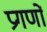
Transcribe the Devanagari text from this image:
प्रगणों